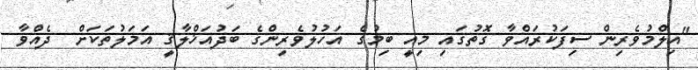
"އިލްމުވެރިން ސިފަކުރައްވާ ގޮތުގައި މިއީ ބިމުގެ އަހުލުވެރިންގެ ބަދުއަޚްލާޤީ އަމަލުތަކަށް  ދެއްވާ